Civil Veterinary Department. Madras. Admin. report 1910-25 - 1910-1925
Year: 1910
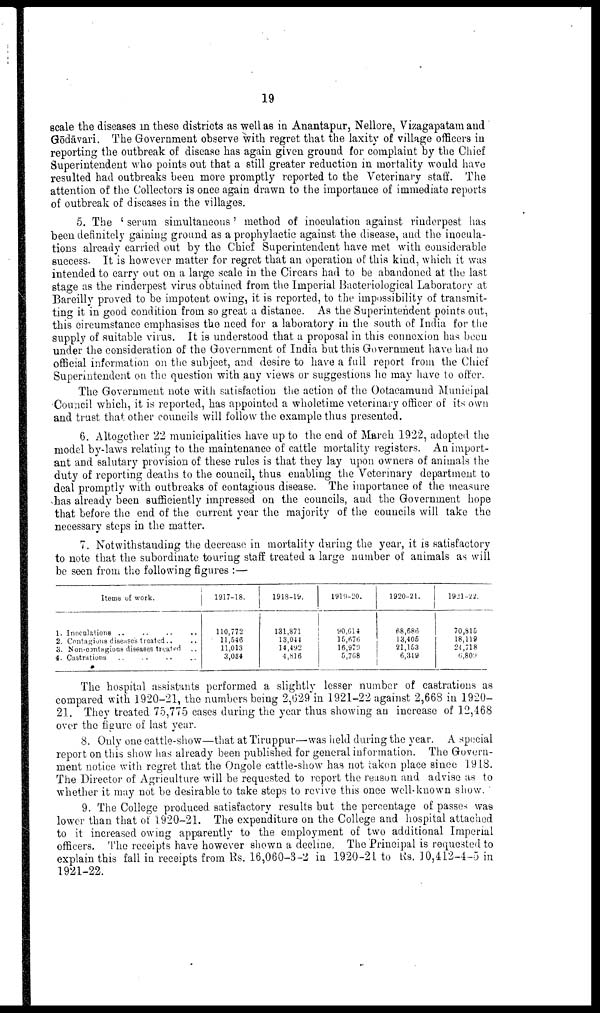
19
scale the diseases in these districts as well as in Anantapur, Nellore, Vizagapatam and
Gōdāvari. The Government observe with regret that the laxity of village officers in
reporting the outbreak of disease has again given ground for complaint by the Chief
Superintendent who points out that a still greater reduction in mortality would have
resulted had outbreaks been more promptly reported to the Veterinary staff. The
attention of the Collectors is once again drawn to the importance of immediate reports
of outbreak of diseases in the villages.
5. The ' serum simultaneous' method of inoculation against rinderpest has
been definitely gaining ground as a prophylactic against the disease, and the inocula
tions already carried out by the Chief Superintendent have met with considerable
success. It is however matter for regret that an operation of this kind, which it was
intended to carry out on a large scale in the Circars had to be abandoned at the last
stage as the rinderpest virus obtained from the Imperial Bacteriological Laboratory at
Bareilly proved to be impotent owing, it is reported, to the impossibility of transmit
ting it in good condition from so great a distance. As the Superintendent points out,
this circumstance emphasises the need for a laboratory in the south of India for the
supply of suitable virus. It is understood that a proposal in this connexion has boon
under the consideration of the Government of India but this Government have had no
official information on the subject, and desire to have a full report from the Chief
Superintendent on the question with any views or suggestions he may have to offer.
The Government note with satisfaction the action of the Ootacamund Municipal
Council which, it is reported, has appointed a wholetime veterinary officer of its own
and trust that other councils will follow the example thus presented.
6. Altogether 22 municipalities have up to the end of March 1922, adopted the
model by-laws relating to the maintenance of cattle mortality registers. An import
ant and salutary provision of these rules is that they lay upon owners of animals the
duty of reporting deaths to the council, thus enabling the Veterinary department to
deal promptly with outbreaks of contagious disease. The importance of the measure
has already been sufficiently impressed on the councils, and the Government hope
that before the end of the current year the majority of the councils will take the
necessary steps in the matter.
7. Notwithstanding the decrease in mortality during the year, it is satisfactory
to note that the subordinate touring staff treated a large number of animals as will
be seen from the following figures :—
Items of work.
1. Inoculations .. .. .. ..
2. Contains diseases treated .. ..
3. Non-contagious diseases treated ..
4. Castrations .. .. .. ..
1917-18.
110,772
11,546
11,013
3,084
1918-19.
131,871
13,044
14,492
4,816
1919-20.
90,614
16,676
16,970
5,708
1920-21.
68,686
13,405
21,153
6,319
1921-22.
70,815
18,119
24,718
6,809
The hospital assistants performed a slightly lesser number of castrations as
compared with 1920-21, the numbers being 2,629 in 1921-22 against 2,668 in 1920-
21. They treated 75,775 cases during the year thus showing an increase of 12,468
over the figure of last year.
8. Only one cattle-show—that at Tiruppur—was held during the year. A special
report on this show has already been published for general information. The Govern
ment notice with regret that the Ongole cattle-show has not taken place since 1918.
The Director of Agriculture will be requested to report the reason and advise as to
whether it may not be desirable to take steps to revive this once well-known show.
9. The College produced satisfactory results but the percentage of passes was
lower than that of 1920-21. The expenditure on the College and hospital attached
to it increased owing apparently to the employment of two additional Imperial
officers. The receipts have however shown a decline. The Principal is requested to
explain this fall in receipts from Rs. 16,060-3-2 in 1920-21 to Rs. 10,412-4-5 in
1921-22.